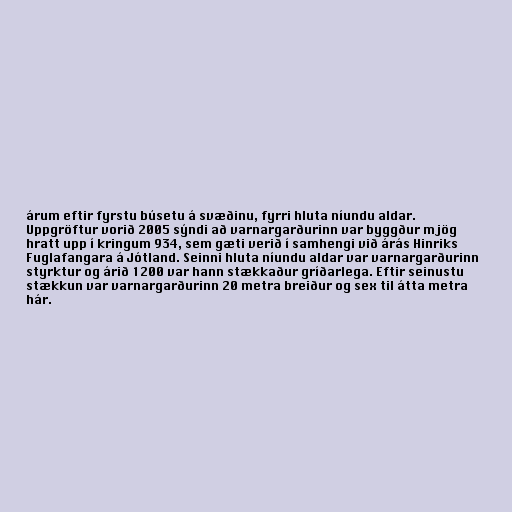
árum eftir fyrstu búsetu á svæðinu, fyrri hluta níundu aldar.
Uppgröftur vorið 2005 sýndi að varnargarðurinn var byggður mjög
hratt upp í kringum 934, sem gæti verið í samhengi við árás Hinriks
Fuglafangara á Jótland. Seinni hluta níundu aldar var varnargarðurinn
styrktur og árið 1200 var hann stækkaður gríðarlega. Eftir seinustu
stækkun var varnargarðurinn 20 metra breiður og sex til átta metra
hár.